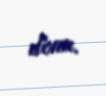
donu.